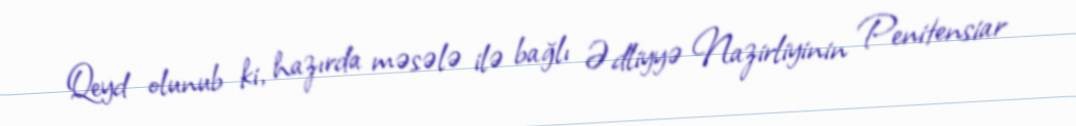
Qeyd olunub ki, hazırda məsələ ilə bağlı Ədliyyə Nazirliyinin Penitensiar